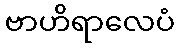
ဗာဟိရာလေပံ